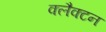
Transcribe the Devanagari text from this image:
क्लैक्टन